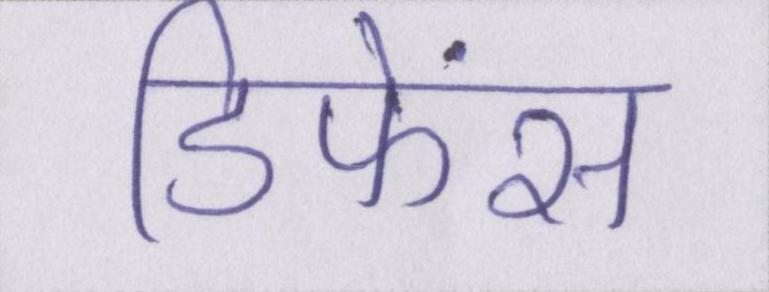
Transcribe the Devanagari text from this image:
डिफेंस